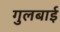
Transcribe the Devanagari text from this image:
गुलबाई